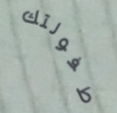
طفولتك